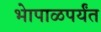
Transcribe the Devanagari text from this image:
भेापाळपर्यंत